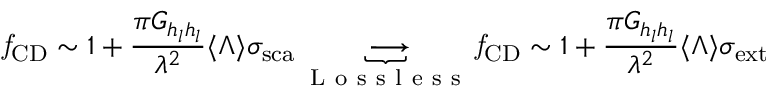
\mathit { f } _ { \mathrm { { C D } } } \sim 1 + \frac { \pi G _ { h _ { l } h _ { l } } } { \lambda ^ { 2 } } \langle \Lambda \rangle { \sigma } _ { \mathrm { { s c a } } } \underbrace { \longrightarrow } _ { \mathrm { ~ L ~ o ~ s ~ s ~ l ~ e ~ s ~ s ~ } } \mathit { f } _ { \mathrm { { C D } } } \sim 1 + \frac { \pi G _ { h _ { l } h _ { l } } } { \lambda ^ { 2 } } \langle \Lambda \rangle { \sigma } _ { \mathrm { { e x t } } }